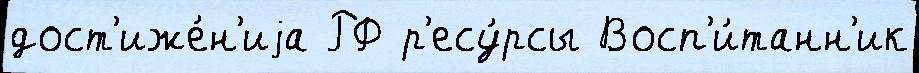
дост'иже́н'иjа РФ р'есу́рсы Восп'и́танн'ик